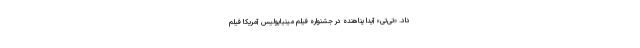
داد. «تی‌تی» آیدا پناهنده در جشنواره فیلم مینیاپولیس آمریکا فیلم